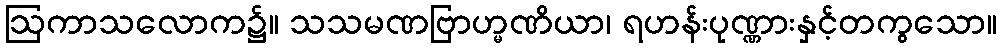
ဩကာသလောက၌။ သသမဏဗြာဟ္မဏိယာ၊ ရဟန်းပုဏ္ဏားနှင့်တကွသော။